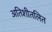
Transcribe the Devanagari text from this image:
अतिशीतलित